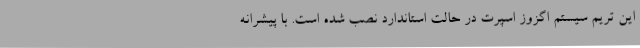
این تریم سیستم اگزوز اسپرت در حالت استاندارد نصب شده است. با پیشرانه